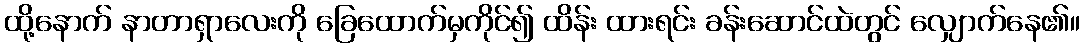
ထို့နောက် နာတာရှာလေးကို ခြေထောက်မှကိုင်၍ ထိန်း ထားရင်း ခန်းဆောင်ထဲတွင် လျှောက်နေ၏။